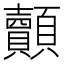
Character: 𮨢